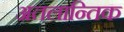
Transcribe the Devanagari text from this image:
अतलान्तिक